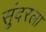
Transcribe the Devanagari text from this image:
सुंदरला